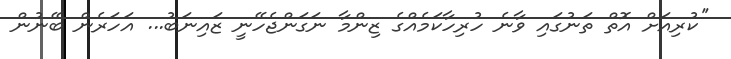
''ކުރިއަށް އޮތް ތަނުގައި ވާނެ ހުރިހާކަމެއްގެ ޒިންމާ ނަގަންޖެހޭނީ ޒައިނަބު... އަހަރެން ބޭނުން